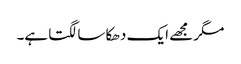
مگر مجھے ایک دھکا سا لگتا ہے۔